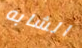
الشابه